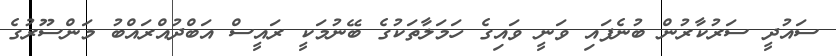
ސައުދީ ސަރުކާރުން ބުނެފައި ވަނީ ވައިގެ ހަމަލާތަކުގެ ބޭނުމަކީ ރައީސް އަބްދުުއްރައްބު މަންސޫރުގެ